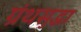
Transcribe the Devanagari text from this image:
ग्रंथसुद्धा